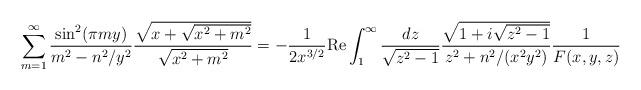
LaTeX: \begin{align*}\sum_{m=1}^\infty \frac{\sin^2(\pi m y)}{m^2 - n^2/y^2} \frac{ \sqrt{x + \sqrt{x^2 + m^2}}}{ \sqrt{x^2 + m^2}}= - \frac{1}{2 x^{3/2}} {\rm Re} \int_1^\infty \frac{dz}{\sqrt{z^2 - 1}}\frac{\sqrt{1 + i \sqrt{z^2 - 1}}}{ z^2 + n^2/(x^2 y^2)} \frac{1}{ F(x,y,z)}\end{align*}